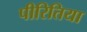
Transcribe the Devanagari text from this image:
पीरितिया